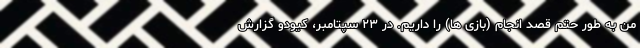
من به طور حتم قصد انجام (بازی ها) را داریم. در ۲۳ سپتامبر، کیودو گزارش